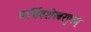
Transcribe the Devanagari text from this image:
पार्थिवशेखरपुरम्